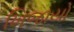
ખિજાયો